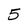
Character: 5